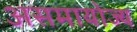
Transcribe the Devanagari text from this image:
असमायोज्य